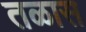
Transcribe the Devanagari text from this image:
तळास